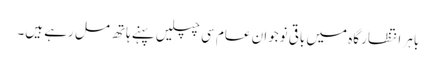
باہر انتظار گاہ میں باقی نوجوان عام سی چپلیں پہنے ہاتھ مل رہے ہیں۔